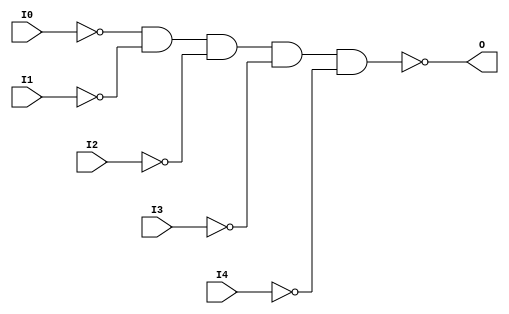
// $Header: /devl/xcs/repo/env/Databases/CAEInterfaces/verunilibs/data/unisims/NAND5B5.v,v 1.6 2007/05/23 21:43:39 patrickp Exp $
///////////////////////////////////////////////////////////////////////////////
// Copyright (c) 1995/2004 Xilinx, Inc.
// All Right Reserved.
///////////////////////////////////////////////////////////////////////////////
//   ____  ____
//  /   /\/   /
// /___/  \  /    Vendor : Xilinx
// \   \   \/     Version : 10.1
//  \   \         Description : Xilinx Functional Simulation Library Component
//  /   /                  5-input NAND Gate
// /___/   /\     Filename : NAND5B5.v
// \   \  /  \    Timestamp : Thu Mar 25 16:42:58 PST 2004
//  \___\/\___\
//
// Revision:
//    03/23/04 - Initial version.
//    05/23/07 - Changed timescale to 1 ps / 1 ps.
//    05/23/07 - Added wire declaration for internal signals.

`timescale  1 ps / 1 ps


module NAND5B5 (O, I0, I1, I2, I3, I4);

    output O;

    input  I0, I1, I2, I3, I4;

    wire i0_inv;
    wire i1_inv;
    wire i2_inv;
    wire i3_inv;
    wire i4_inv;

    not N4 (i4_inv, I4);
    not N3 (i3_inv, I3);
    not N2 (i2_inv, I2);
    not N1 (i1_inv, I1);
    not N0 (i0_inv, I0);
    nand A1 (O, i0_inv, i1_inv, i2_inv, i3_inv, i4_inv);


endmodule